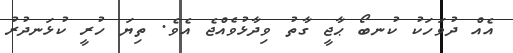
އެއް ދުވަހަކު ކުނބޯ ޙާޖީ ގާތު ވިދާޅުވެއްޖެ އެވެ. ތިޔަ ހުރީ ކުޅަނދުރު